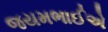
જયમભાઈએ